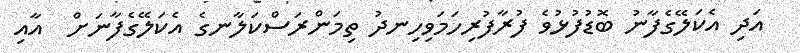
އަދި އެކަލޭގެފާނު ބޮޑުފުޅުވެ ފުރާފުރިހަމަވިހިނދު ތިމަންރަސްކަލާނގެ އެކަލޭގެފާނަށް  އާއި